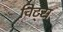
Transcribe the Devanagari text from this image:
विट्स